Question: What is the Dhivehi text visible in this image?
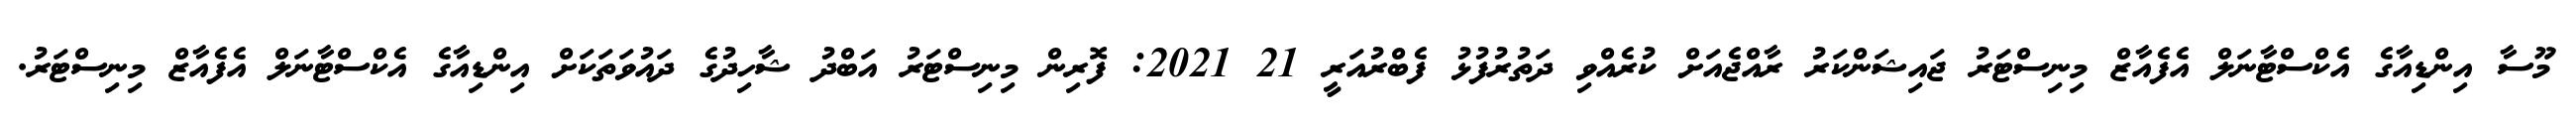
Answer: މޫސާ އިންޑިއާގެ އެކްސްޓާނަލް އެފެއާޒް މިނިސްޓަރު ޖައިޝަންކަރު ރާއްޖެއަށް ކުރެއްވި ދަތުރުފުޅު ފެބްރުއަރީ 21 2021: ފޮރިން މިނިސްޓަރު އަބްދު ޝާހިދުގެ ދައުވަތަކަށް އިންޑިއާގެ އެކްސްޓާނަލް އެފެއާޒް މިނިސްޓަރު.